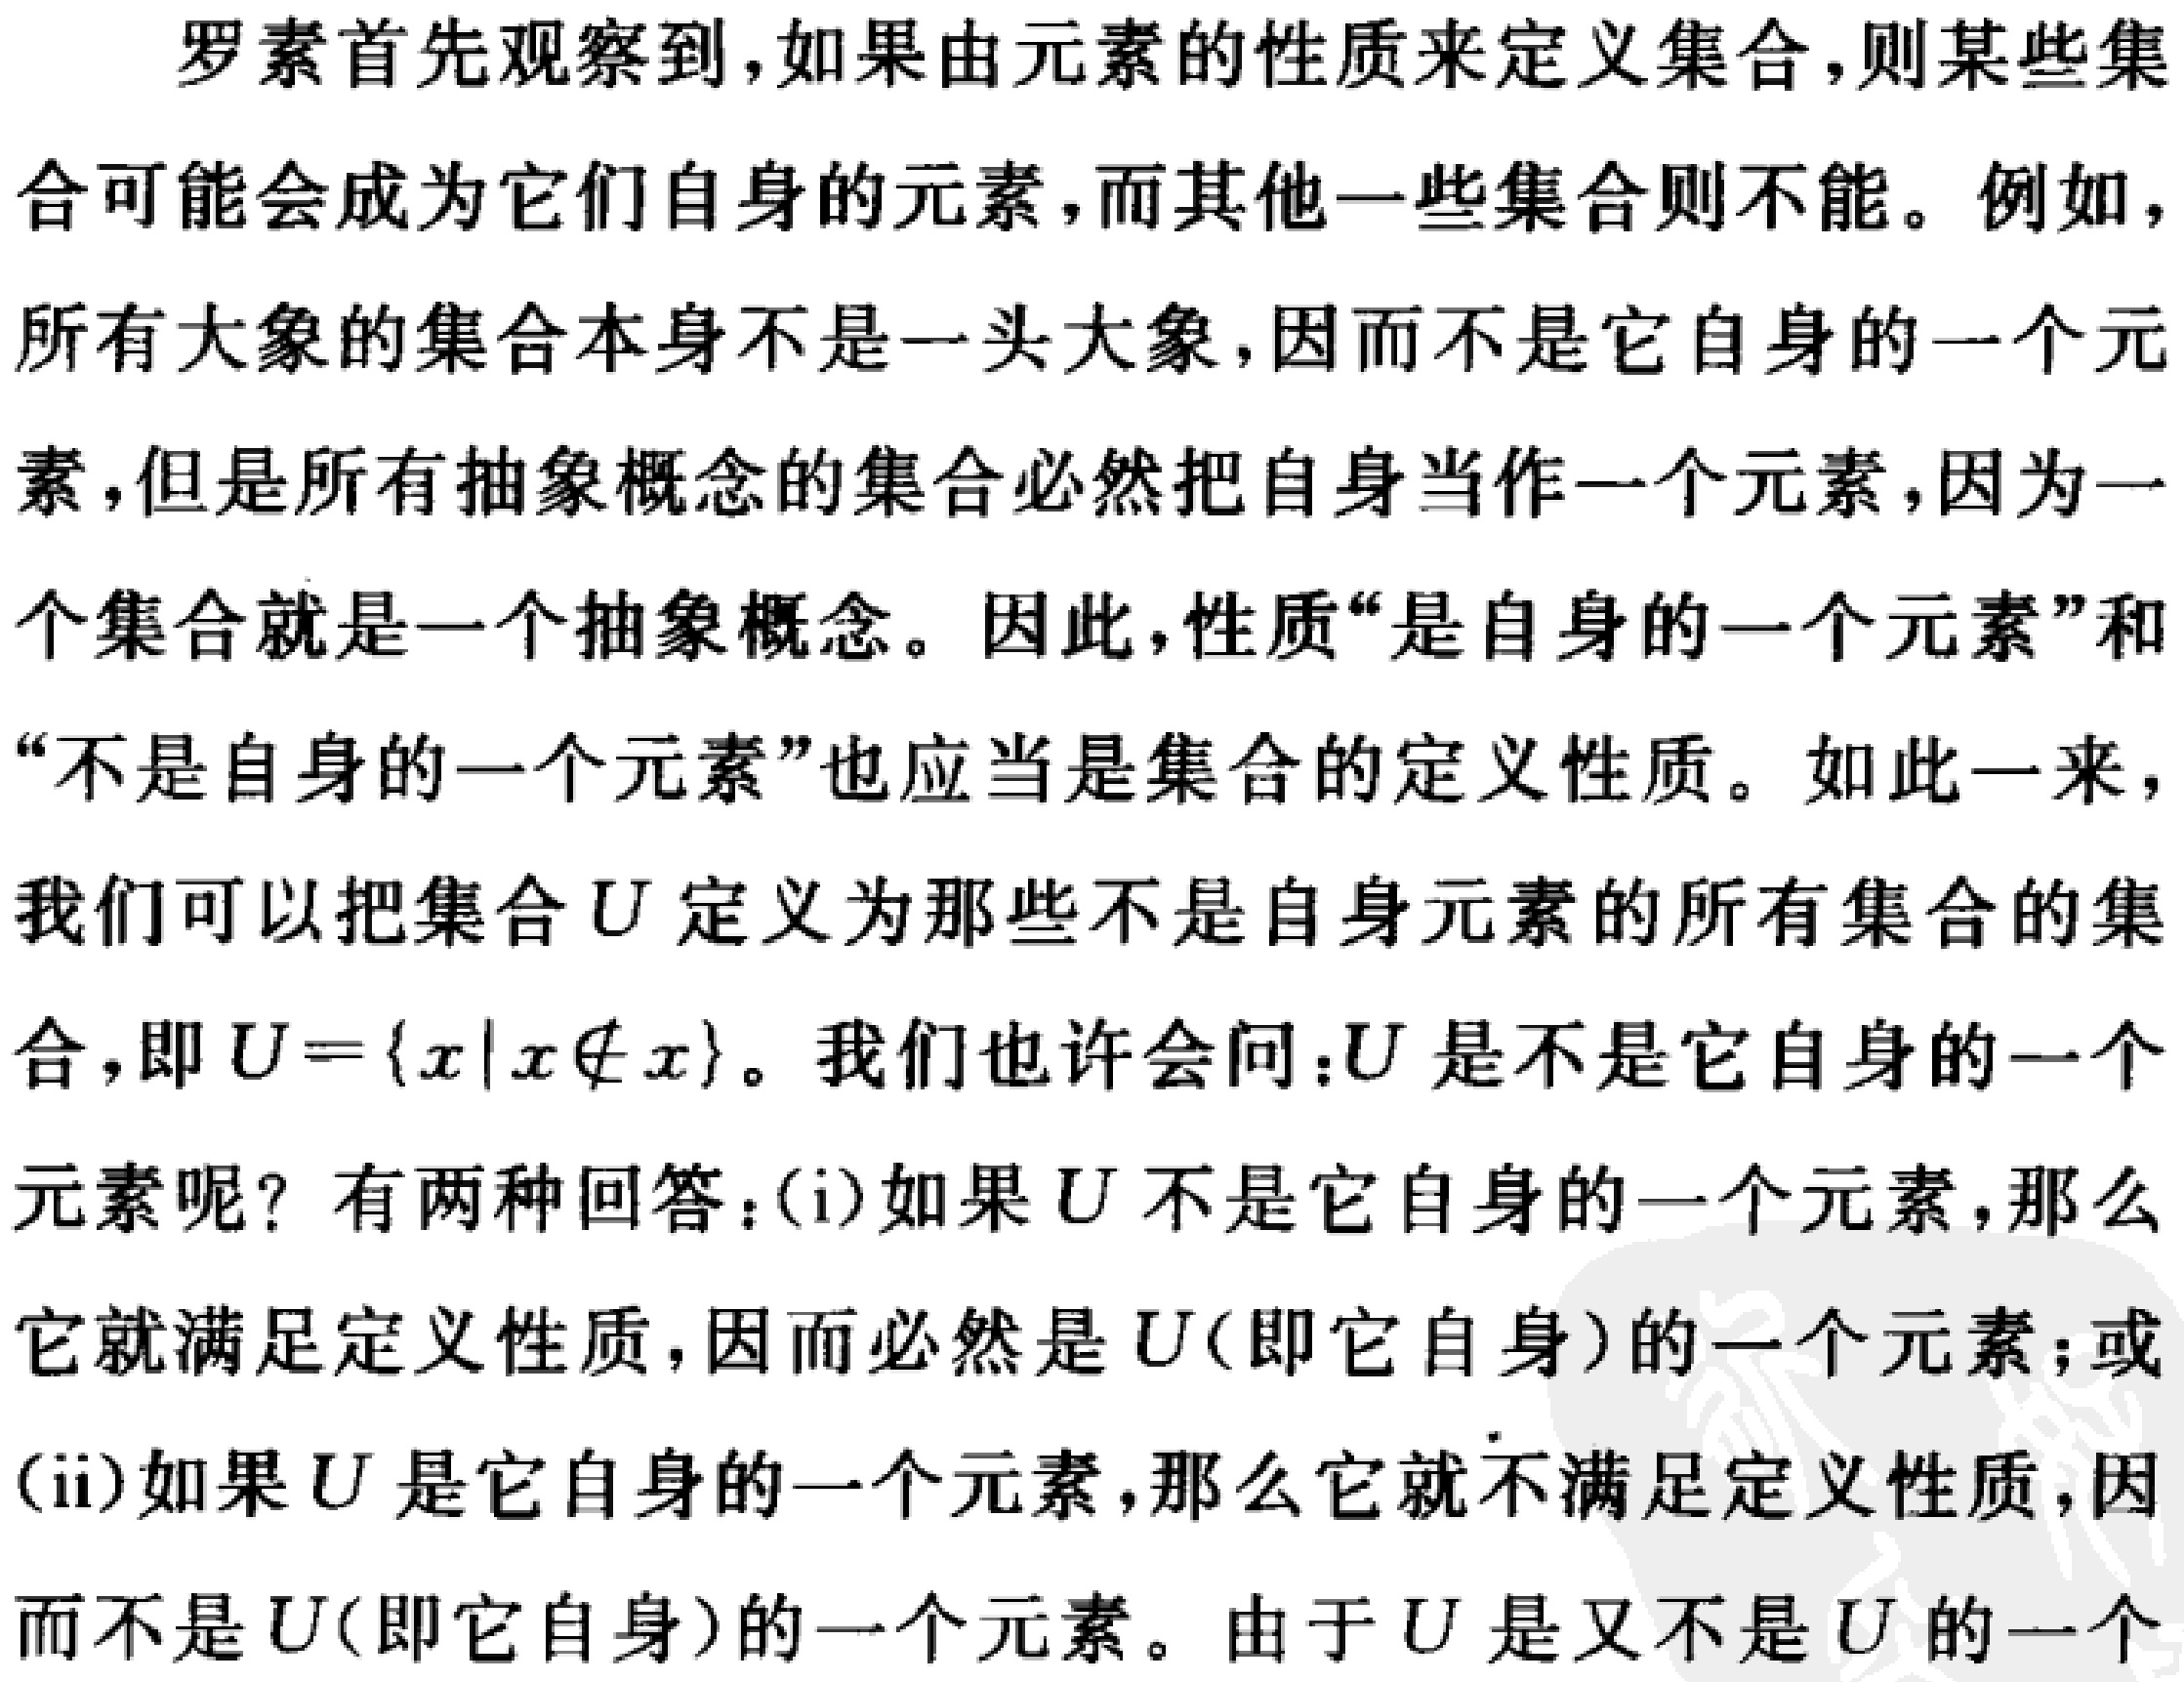
罗素首先观察到，如果由元素的性质来定义集合，则某些集合可能会成为它们自身的元素，而其他一些集合则不能。例如，所有大象的集合本身不是一头大象，因而不是它自身的一个元素，但是所有抽象概念的集合必然把自身当作一个元素，因为一个集合就是一个抽象概念。因此，性质“是自身的一个元素”和“不是自身的一个元素”也应当是集合的定义性质。如此一来，我们可以把集合\(U\)定义为那些不是自身元素的所有集合的集合，即\(U = \{x|x\notin x\}\)。我们也许会问：\(U\)是不是它自身的一个元素呢？有两种回答：(i) 如果\(U\)不是它自身的一个元素，那么它就满足定义性质，因而必然是\(U\)（即它自身）的一个元素；或(ii) 如果\(U\)是它自身的一个元素，那么它就不满足定义性质，因而不是\(U\)（即它自身）的一个元素。由于\(U\)是又不是\(U\)的一个